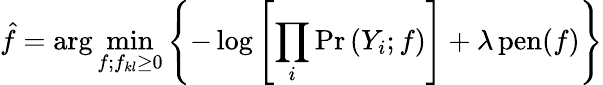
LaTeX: \hat{f}=\arg\operatorname*{min}_{f;f_{kl}\geq 0}\left\{ -\log\left[\prod_{i}\operatorname*{Pr}\left(Y_{i};f\right)\right]+\lambda\operatorname{pen}(f)\right\}